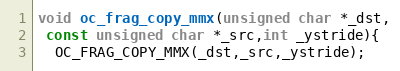
Language: C
void oc_frag_copy_mmx(unsigned char *_dst,
 const unsigned char *_src,int _ystride){
  OC_FRAG_COPY_MMX(_dst,_src,_ystride);